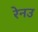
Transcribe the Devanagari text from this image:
रेनउ